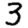
Digit: 3